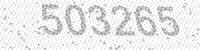
Solution: 503265